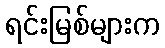
ရင်းမြစ်များက